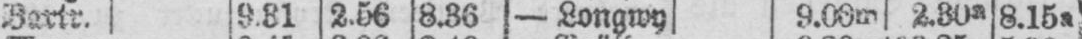
Bartr. 9.81 2.56 8.36 - Longwy 9.09m 2.30a 8.15a